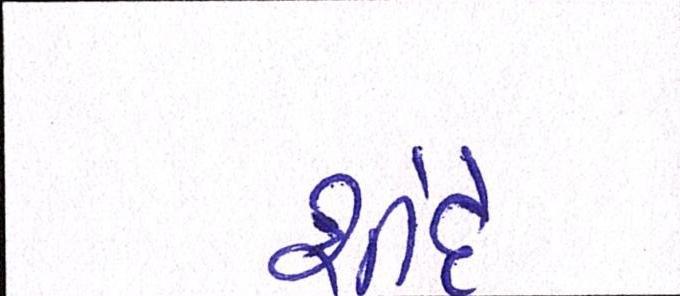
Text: શીંદે